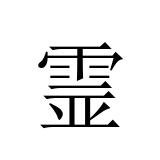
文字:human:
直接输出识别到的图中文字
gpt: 霊